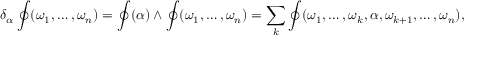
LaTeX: \delta _ { \alpha } \oint ( \omega _ { 1 } , \ldots , \omega _ { n } ) = \oint ( \alpha ) \wedge \oint ( \omega _ { 1 } , \ldots , \omega _ { n } ) = \sum _ { k } \oint ( \omega _ { 1 } , \ldots , \omega _ { k } , \alpha , \omega _ { k + 1 } , \ldots , \omega _ { n } ) ,